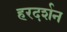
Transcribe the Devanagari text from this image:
हरदर्शन